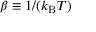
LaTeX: \beta \equiv 1 / ( k _ { \mathrm { B } } T )